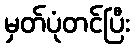
မှတ်ပုံတင်ပြီး